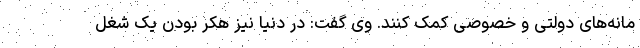
مانه‌های دولتی و خصوصی کمک کنند. وی گفت: در دنیا نیز هکر بودن یک شغل